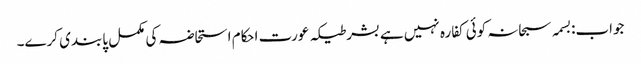
جواب:بسمہ سبحانہ کوئی کفارہ نہیں ہے بشرطیکہ عورت احکام استحاضہ کی مکمل پابندی کرے۔